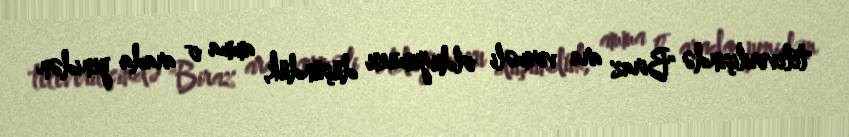
televerilişində "Biraz ara verməli olduğumuzu düşündük, amma o arada yenidən